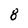
Character: 8